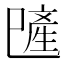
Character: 𪩯